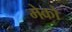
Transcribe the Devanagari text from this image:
मेको